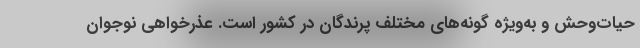
حیات‌وحش و به‌ویژه گونه‌های مختلف پرندگان در کشور است. عذرخواهی نوجوان